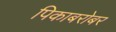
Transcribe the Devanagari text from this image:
पिकाबरोबर